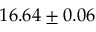
1 6 . 6 4 \pm 0 . 0 6